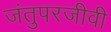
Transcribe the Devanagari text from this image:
जंतुपरजीवी